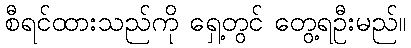
စီရင်ထားသည်ကို ရှေ့တွင် တွေ့ရဦးမည်။